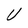
Character: V